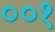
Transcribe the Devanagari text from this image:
००१